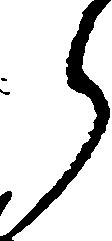
ら